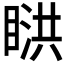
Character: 𥈰